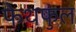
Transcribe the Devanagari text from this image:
फेथफुल